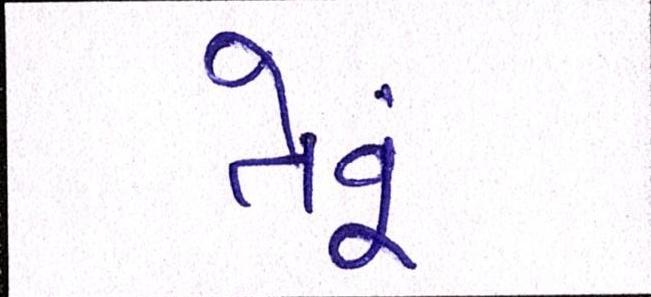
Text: તેવૂં